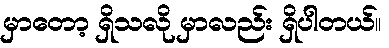
မှာတော့ ရှိသလို မှာလည်း ရှိပါတယ်။